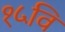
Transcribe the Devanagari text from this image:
१५वि